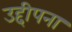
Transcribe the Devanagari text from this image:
उद्दीपना